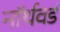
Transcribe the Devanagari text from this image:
नॉर्थवर्ड